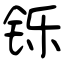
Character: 铄